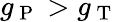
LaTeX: g_{\mathrm{~P~}}>g_{\mathrm{~T~}}